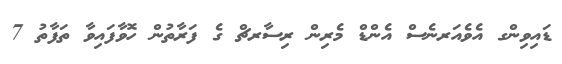
ޑައިވިންގ އެވެއަރނެސް އެންޑް މެރިން ރިސާރޗް ގެ ފަރާތުން ހޮވާފައިވާ ތަފާތު 7